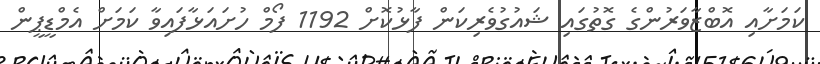
ކަމަށާއި އޮބްޒާވަރުންގެ ގޮތުގައި ޝައުގުވެރިކަން ފާޅުކޮށް 1192 ފޯމް ހުށައަޅާފައިވާ ކަމަށް އެމްޑީޕީން